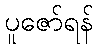
ပူဇော်ရန်